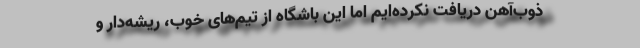
ذوب‌آهن دریافت نکرده‌ایم اما این باشگاه از تیم‌های خوب، ریشه‌دار و